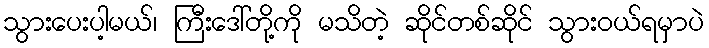
သွားပေးပါ့မယ်၊ ကြီးဒေါ်တို့ကို မသိတဲ့ ဆိုင်တစ်ဆိုင် သွားဝယ်ရမှာပဲ